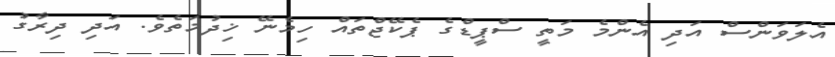
އެލަވަންސް އަދި އެންމެ މަތީ ސްޕީޑްގެ ޕެކޭޖްތައް ހިމެނޭ ޚިދުމަތެވެ. އަދި ދިރާގު